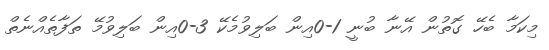
މިކަމާ ބެހޭ ގޮތުން އޭނާ ބުނީ 1-0އިން ބަލިވުމެކޭ 3-0އިން ބަލިވުމޭ ތަފާތެއްނެތް